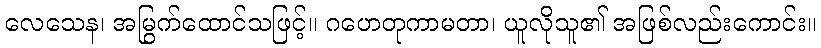
လေသေန၊ အမြွက်ထောင်သဖြင့်။ ဂဟေတုကာမတာ၊ ယူလိုသူ၏ အဖြစ်လည်းကောင်း။